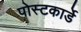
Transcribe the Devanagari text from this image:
पोस्टकार्डे